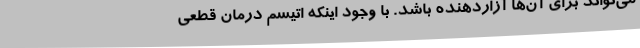
می‌تواند برای آن‌ها آزاردهنده باشد. با وجود اینکه اتیسم درمان قطعی